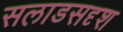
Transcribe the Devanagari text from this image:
सलाडसदृश